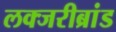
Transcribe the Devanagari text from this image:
लक्जरीब्रांड